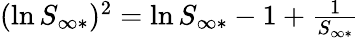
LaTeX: \begin{array}{r}{(\ln S_{\infty*})^{2}=\ln S_{\infty*}-1+\frac{1}{S_{\infty*}}}\end{array}